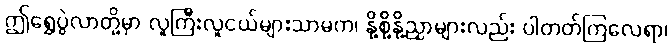
ဤရွှေပွဲလာတို့မှာ လူကြီးလူငယ်များသာမက၊ နို့စို့နို့ညှာများလည်း ပါတတ်ကြလေရာ၊